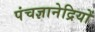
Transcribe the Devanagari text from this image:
पंचज्ञानेद्रियों